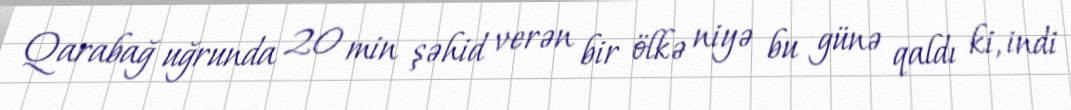
Qarabağ uğrunda 20 min şəhid verən bir ölkə niyə bu günə qaldı ki, indi